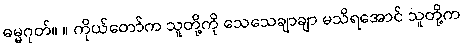
ဓမ္မဂုတ်။ ။ ကိုယ်တော်က သူတို့ကို သေသေချာချာ မသိရအောင် သူတို့က